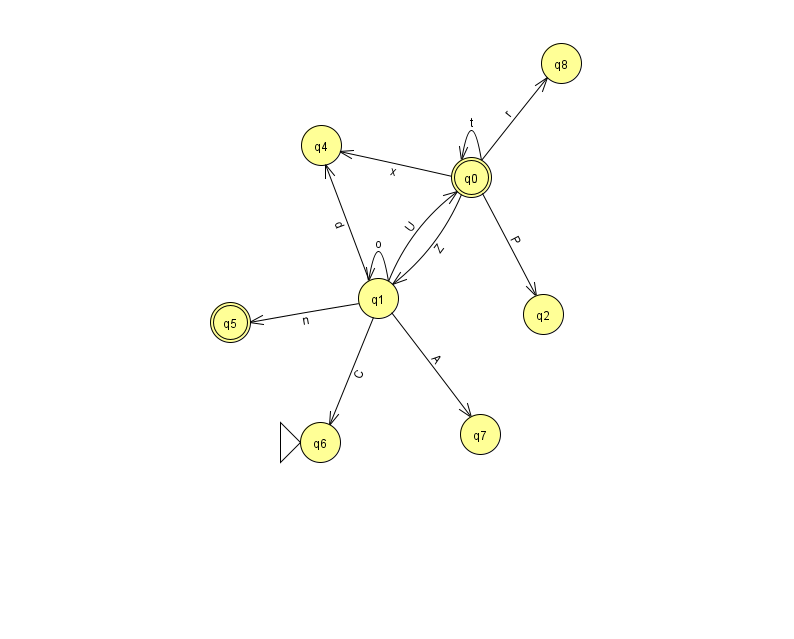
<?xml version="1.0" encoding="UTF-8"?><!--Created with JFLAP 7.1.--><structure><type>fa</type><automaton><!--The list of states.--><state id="0" name="q0"><x>471.0</x><y>164.0</y><final/></state><state id="1" name="q1"><x>378.0</x><y>285.0</y></state><state id="2" name="q2"><x>543.0</x><y>301.0</y></state><state id="4" name="q4"><x>321.0</x><y>132.0</y></state><state id="5" name="q5"><x>230.0</x><y>309.0</y><final/></state><state id="6" name="q6"><x>320.0</x><y>429.0</y><initial/></state><state id="7" name="q7"><x>480.0</x><y>421.0</y></state><state id="8" name="q8"><x>561.0</x><y>50.0</y></state><!--The list of transitions.--><transition><from>0</from><to>2</to><read>P</read></transition><transition><from>1</from><to>5</to><read>n</read></transition><transition><from>1</from><to>6</to><read>C</read></transition><transition><from>0</from><to>0</to><read>t</read></transition><transition><from>0</from><to>1</to><read>Z</read></transition><transition><from>1</from><to>0</to><read>U</read></transition><transition><from>0</from><to>4</to><read>x</read></transition><transition><from>1</from><to>7</to><read>A</read></transition><transition><from>1</from><to>4</to><read>d</read></transition><transition><from>0</from><to>8</to><read>r</read></transition><transition><from>1</from><to>1</to><read>o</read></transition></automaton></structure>